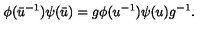
\phi ( \bar { u } ^ { - 1 } ) \psi ( \bar { u } ) = g \phi ( u ^ { - 1 } ) \psi ( u ) g ^ { - 1 } .